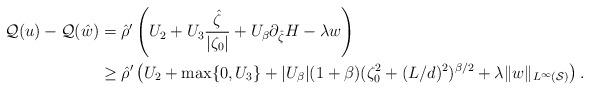
LaTeX: \begin{align*} \mathcal{Q}(u) - \mathcal{Q}(\hat w) &= \hat{\rho}^\prime \left( U_2 + U_3 \frac{\hat \zeta}{|\zeta_0|} + U_\beta \partial_{\hat \zeta} H - \lambda w \right) \\& \geq \hat{\rho}^\prime \left( U_2 + \max\{ 0, U_3\} + |U_\beta| (1+\beta)(\zeta_0^2+(L/d)^2)^{\beta/2} + \lambda \| w \|_{L^\infty(\mathcal{S})} \right). \end{align*}